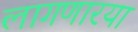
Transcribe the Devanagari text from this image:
लागणारया